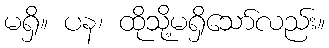
မရှိ။ ပန၊ ထိုသို့မရှိသော်လည်း။